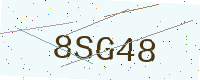
Text: 8SG48